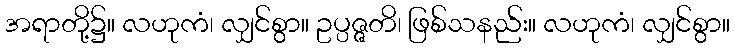
အရာတို့၌။ လဟုကံ၊ လျှင်စွာ။ ဥပ္ပဇ္ဇတိ၊ ဖြစ်သနည်း။ လဟုကံ၊ လျှင်စွာ။